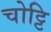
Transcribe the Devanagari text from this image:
चोट्टि